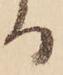
る